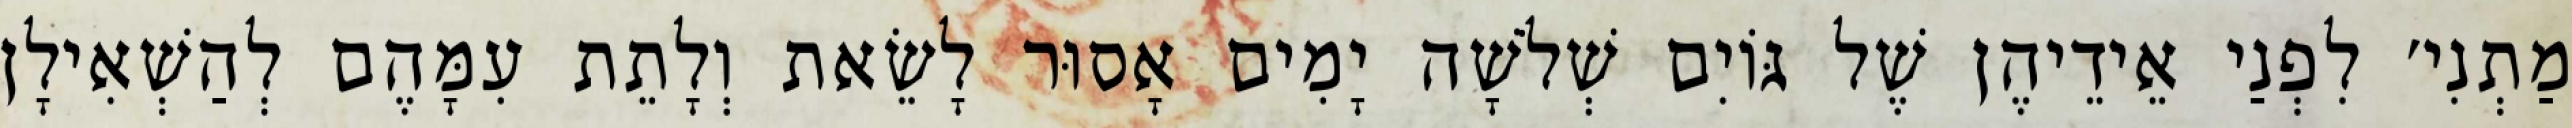
מַתְנִי׳ לִפְנַי אֵידֵיהֶן שֶׁל גּוֹיִם שְׁלֹשָׁה יָמִים אָסוּר לָשֵׂאת וְלָתֵת עִמָּהֶם לְהַשְׁאִילָן